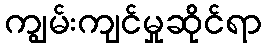
ကျွမ်းကျင်မှုဆိုင်ရာ